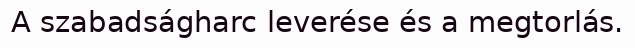
A szabadságharc leverése és a megtorlás.